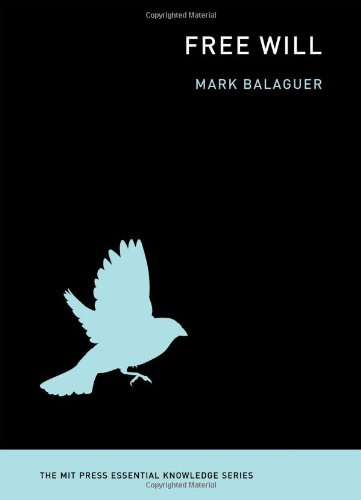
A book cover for Free Will (The MIT Press Essential Knowledge series); Mark Balaguer; Politics & Social Sciences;